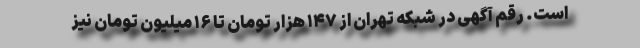
است. رقم آگهی در شبکه تهران از ۱۴۷ هزار تومان تا ۱۶ میلیون تومان نیز